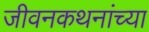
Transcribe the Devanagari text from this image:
जीवनकथनांच्या